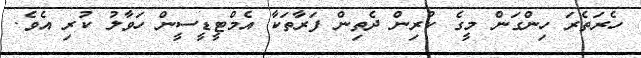
ހެރަތެރަ ހިންގަން މީގެ ކުރިން ދެތިން ފަރާތަކާ އެމްޓީޑީސީން ހަވާލު ކުރި އެވެ.